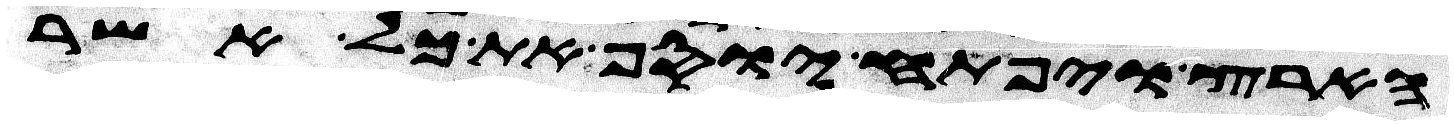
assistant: הארץ ויפתח יוסף את כל אשר